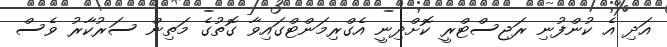
އަދި އެ ކުންފުނި ރަޖިސްޓްރީ ކޮށްދިނީ އެގްރިމަންޓްގައިވާ ގޮތުގެ މަތިން ސަރުކާރު ވެސް